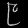
Digit: ၉